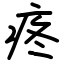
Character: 疼